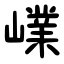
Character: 嶫